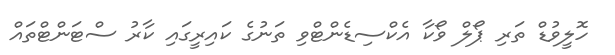
ހޮލީވުޑް ތަރި ޕޯލް ވޯކާ އެކްސިޑެންޓްވި ތަނުގެ ކައިރީގައި ކާރު ސްޓަންޓްތައް